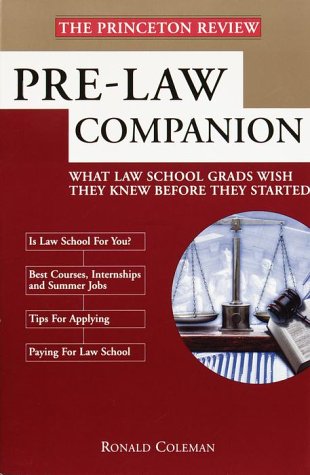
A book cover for Pre-Law Companion; Ronald Coleman; Education & Teaching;